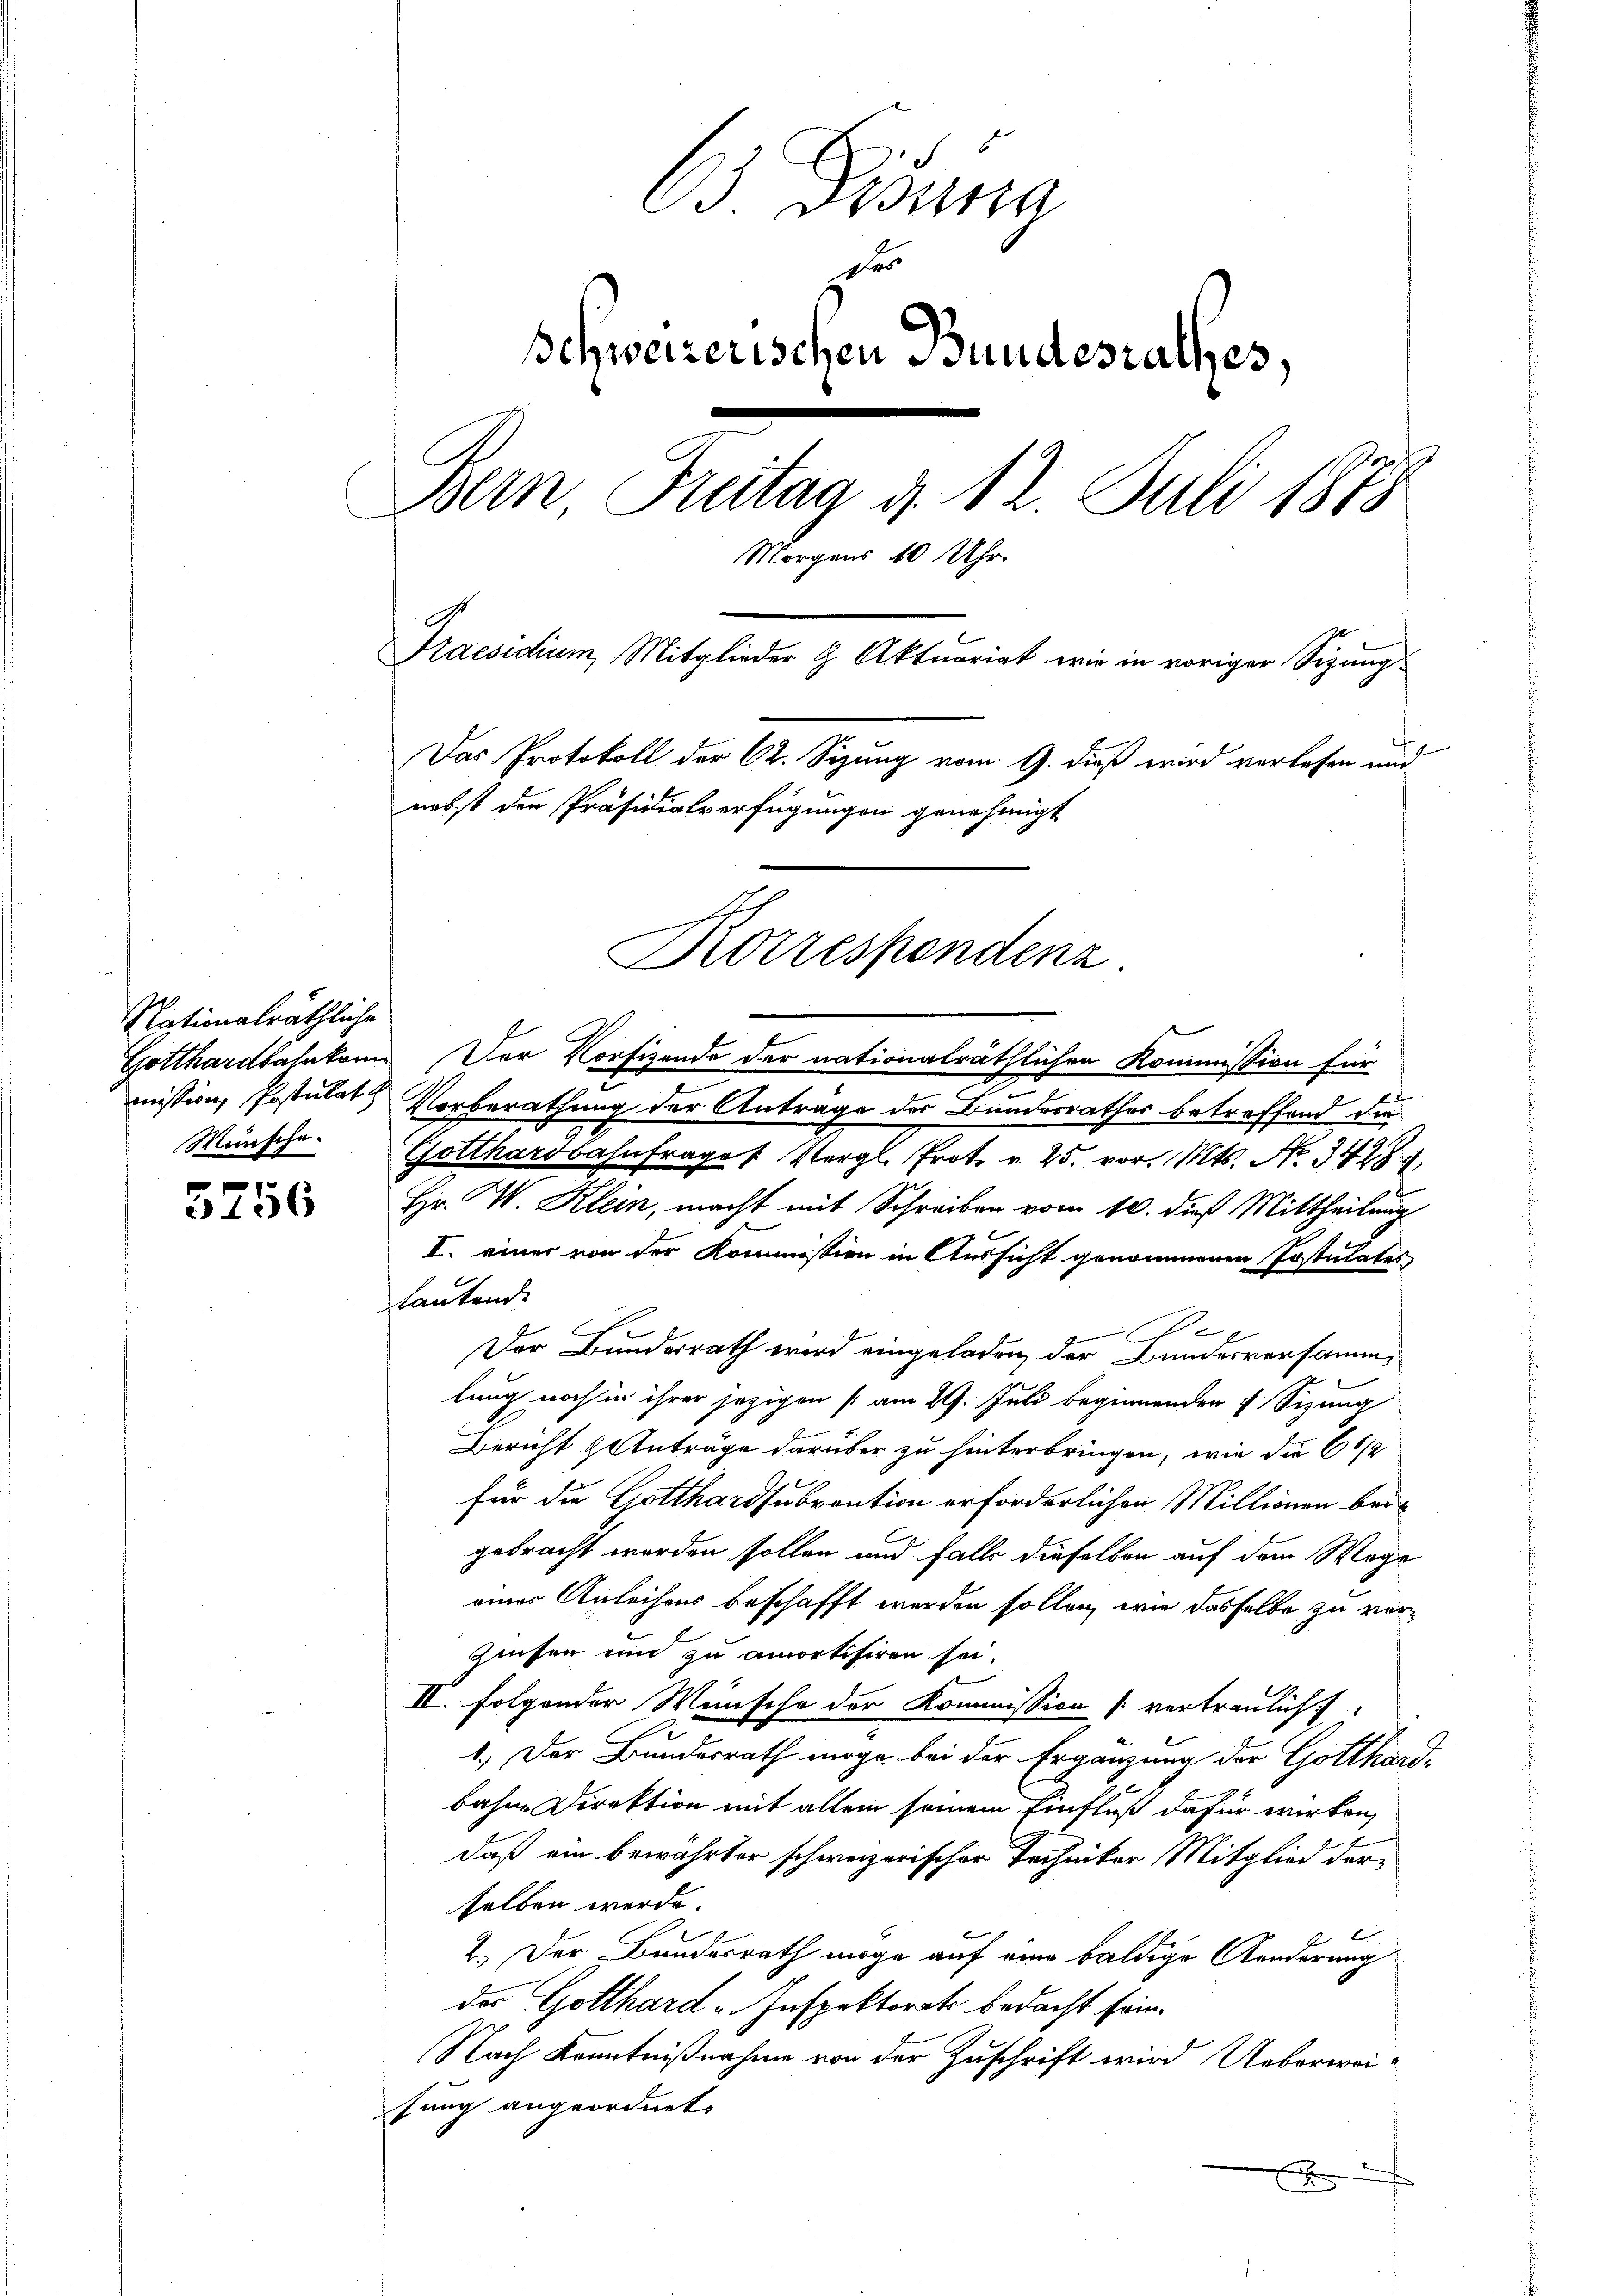
Nationalräthliche
Wünsche.

3436

63. Disura
d
Schweizerischen Bundesrathes,
Bern Freitag d. 12. Juli 1878
Morgens 10 Uhr.
Praesidium, Mitglieder H. Aktuariat wie in voriger Sigungs
Das Protokoll der C. Sizung vom 9. dieß wird verlesen und
nebst den Präsidialverfügungen genehmigt
Korrespondenz.

Gotthardbahnkom. Der Vorfizende der nationalräthlichen Kommission für
mission, Postulat Vorberathung der Antrage der Bundesrathes betreffend die
Gotthardbahnfrages Vergl. Prot. v. 25. vor. Mts. No. 349.
Hr. W. Klein, macht mit Schreiben vom 10. dieß Mittheilung
I. einer von der Kommission in Aussicht genommenen Postulates
lautend.
e
Der Bunderrath wird eingeladen, der Bundesversammlung noch in ihrer jezigen am 29. Juli beginnenden 7 Sizung
e
Bericht & Anträge darüber zu hinterbringen, wie die 6 1/2
für die Gotthardsubvention erforderlichen Millionen beigebracht werden sollen und falls dieselben auf dem Wege
einer Anleihens beschafft werden sollen, wie dasselbe zu ver¬
Zinsen und zu amortisiren sei.
II. Folgender Wünsche der Kommission vertraulich
1.) Der Bundesrath möge, bei der Ergänzung der Gotthardbahne Direktion mit allem seinem Einfluß dafür wirken,
daß ein bewährter schweizerischer Techniker Mitglied derselben werde.
2. Der Bundesrath möge auf eine baldige Aenderung
des Gotthard-Inspektorats bedacht sein.
Nach Kenntnißnahme von der Zuschrift wird Ueberwei
fung angeordnet.
x